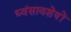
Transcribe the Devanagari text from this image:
ध्‍वंसावशेषों